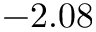
- 2 . 0 8